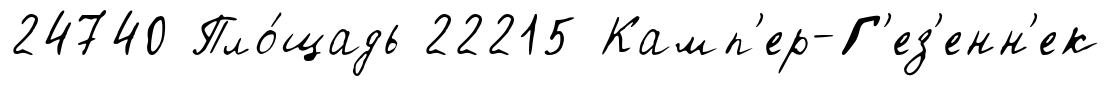
24740 Пло́щадь 22215 Камп'ер-Г'ез'енн'ек